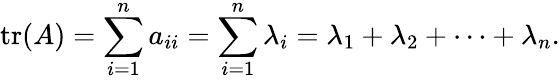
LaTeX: \operatorname{tr}(A)=\sum_{i=1}^{n}a_{ii}=\sum_{i=1}^{n}\lambda_{i}=\lambda_{1}+\lambda_{2}+\cdots+\lambda_{n}.